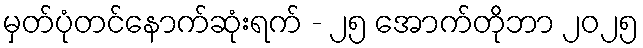
မှတ်ပုံတင်နောက်ဆုံးရက် - ၂၅ အောက်တိုဘာ ၂၀၂၅